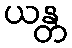
ယန္တ